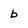
Character: b